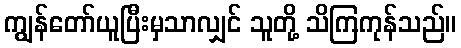
ကျွန်တော်ယူပြီးမှသာလျှင် သူတို့ သိကြကုန်သည်။